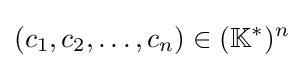
(c_{1},c_{2},\dotsc ,c_{n})\in (\mathbb {K} ^{*})^{n}